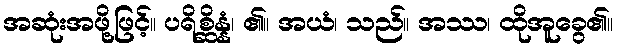
အဆုံးအဖို့ဖြင့်။ ပရိစ္ဆိန္နံ၊ ၏။ အယံ၊ သည်။ အဿ၊ ထိုအူခွေ၏။